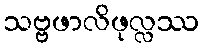
သဗ္ဗဖာလိဖုလ္လဿ